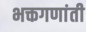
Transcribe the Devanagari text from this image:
भक्तगणांती